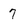
Character: 7